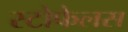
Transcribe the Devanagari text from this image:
स्टोफेलस